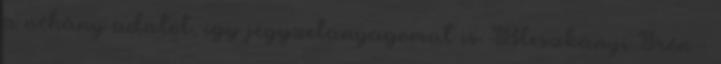
a néhány adatot, így jegyzetanyagomat is. Bleszkányi Irén -